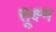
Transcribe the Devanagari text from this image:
सू़क्ष्म